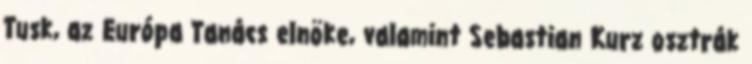
Tusk, az Európa Tanács elnöke, valamint Sebastian Kurz osztrák